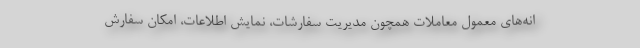
انه‌های معمول معاملات همچون مدیریت سفارشات، نمایش اطلاعات، امکان سفارش